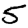
Digit: 5